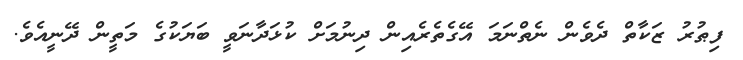
ފިޠުރު ޒަކާތް ދެވެން ނެތްނަމަ އޭގެތެރެއިން ދިނުމަށް ކުޅަދާނަވީ ބަޔަކުގެ މަތީން ދޭނީއެވެ.